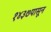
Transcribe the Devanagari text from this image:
१४३७पासून